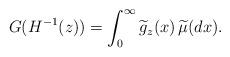
LaTeX: \begin{align*} G(H^{-1}(z)) = \int_0^\infty \widetilde g_z(x)\,\widetilde\mu(dx).\end{align*}